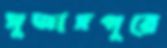
সুজাদপুরে